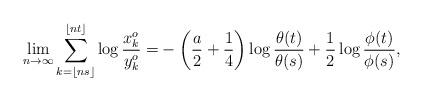
LaTeX: \begin{align*} \lim_{n \rightarrow \infty} \sum_{k= \lfloor n s \rfloor}^{\lfloor nt \rfloor} \log \frac{x_k^o}{y_k^o} = & - \left( \frac{a}{2} + \frac{1}{4} \right) \log \frac{\theta(t)}{\theta(s)} + \frac{1}{2} \log \frac{\phi(t)}{\phi(s)}, \end{align*}